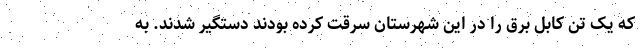
که یک تن کابل برق را در این شهرستان سرقت کرده بودند دستگیر شدند. به